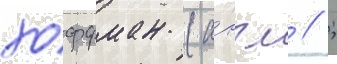
хоффман (а́нгл // ;